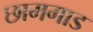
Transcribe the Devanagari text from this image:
छामगाड